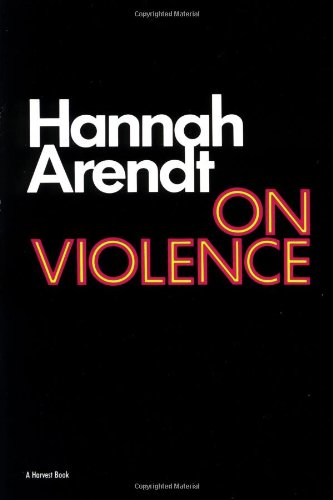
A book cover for On Violence (Harvest Book); Hannah Arendt; Parenting & Relationships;